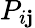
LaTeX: P_{i\mathbf{j}}